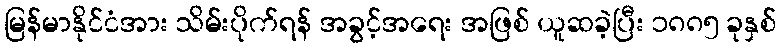
မြန်မာနိုင်ငံအား သိမ်းပိုက်ရန် အခွင့်အရေး အဖြစ် ယူဆခဲ့ပြီး ၁၈၈၅ ခုနှစ်